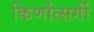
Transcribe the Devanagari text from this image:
किर्णोत्सर्गी